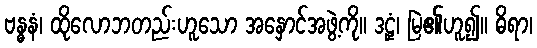
ဗန္ဓနံ၊ ထိုလောဘတည်းဟူသော အနှောင်အဖွဲ့ကို။ ဒဠှံ၊ မြဲ၏ဟူ၍။ ဓိရာ၊